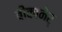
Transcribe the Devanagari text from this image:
बीकानेर्